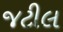
જટીલ